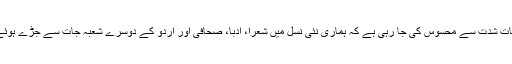
گذشتہ دو تین دہائیوں سے یہ بات شدّت سے محسوس کی جا رہی ہے کہ ہماری نئی نسل میں شعرا، ادبا، صحافی اور اردو کے دوسرے شعبہ جات سے جڑے ہوئے حضرات کا فقدان ہو گیا ہے۔